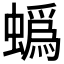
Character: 蟡